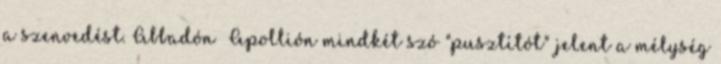
a szenvedést. Abbadón Apollión mindkét szó "pusztítót" jelent a mélység